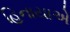
હિનાયાએ